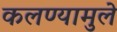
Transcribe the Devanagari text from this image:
कलण्यामुले